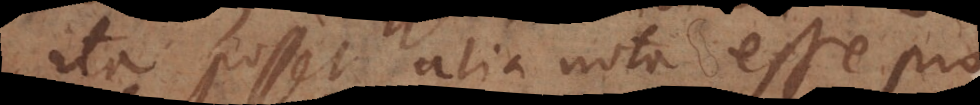
ita posset alia nota esse pro